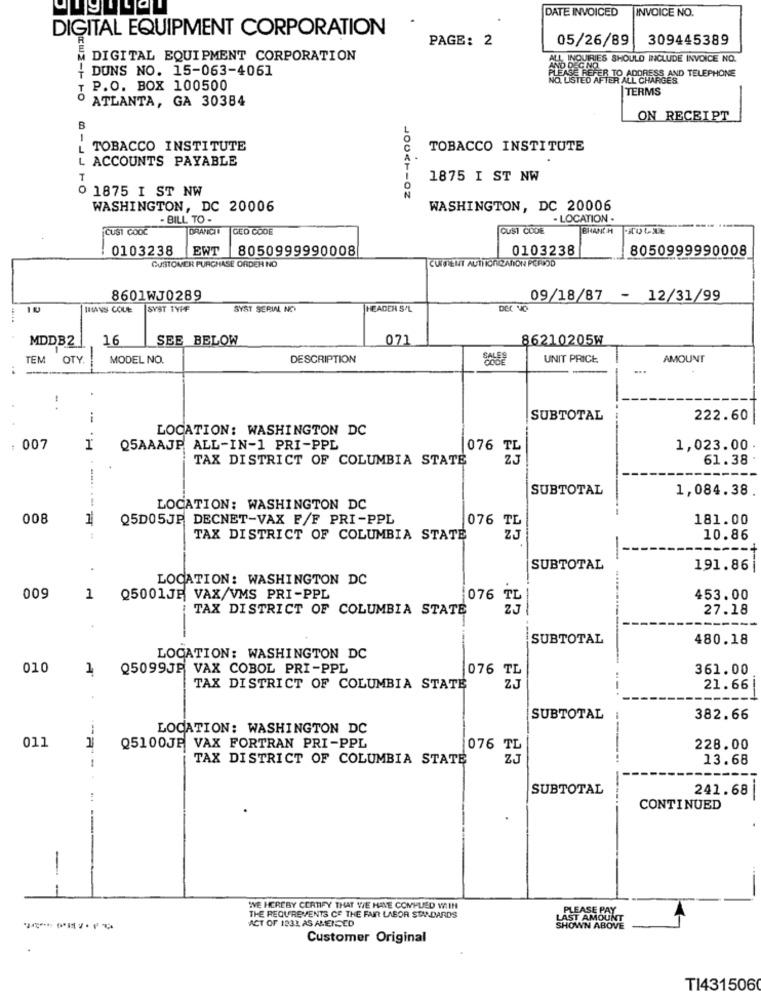
DATE INVOICED
INVOICE NO.
DIGITAL EQUIPMENT CORPORATION
PAGE: 2
05/26/89
309445389
DIGITAL EQUIPMENT CORPORATION
NOUTRIES SHOULD INCLUDE INVOICE NO.
+ DUNS NO. 15-063-4061
PLEASE REFER TO ADDRESS AND TELEPHONE
T P.O. BOX 100500
TERMS
ATLANTA, GA 30384
ON RECEIPT
L TOBACCO INSTITUTE
TOBACCO INSTITUTE
L ACCOUNTS PAYABLE
T
1875 I ST NW
0 1875 I ST NW
WASHINGTON, DC 20006
WASHINGTON, DC 20006
- BILL TO -
- LOCATION -
CUST CODE
DRANICIO
GEO CODE
CUST CODE
BRANCH
0103238
EWT
8050999990008
0103238
8050999990008
CUSTOMER PURCHASE ORDER NO
CURRENT AUTHORIZATION PERIOD
8601WJ0289
09/18/87 - 12/31/99
HANS COLE
SYST 1VPF
SYST SERIAL NO
HEADER S/L
MDDB2
16
SEE BELOW
071
86210205W
TEM OTY
MODEL NO.
DESCRIPTION
UNIT PRICE
AMOUNT
i
SUBTOTAL
222.60
LOCATION: WASHINGTON DC
007
Q5AAAJP ALL-IN-1 PRI-PPL
1,023.00.
TAX DISTRICT OF COLUMBIA STATE
076 TE
61.38
SUBTOTAL
1,084.38
LOCATION: WASHINGTON DC
008
----
Q5D05JP DECNET-VAX F/F PRI-PPL
181.00
076 TL
TAX DISTRICT OF COLUMBIA STATE
10.86
SUBTOTAL
191.86
LOCATION: WASHINGTON DC
009
1
Q5001JF VAX/VMS PRI-PPL
453.00
TAX DISTRICT OF COLUMBIA STATE
1076 TL
27.18
SUBTOTAL
480.18
LOCATION: WASHINGTON DC
010
2
Q5099JP VAX COBOL PRI-PPL
076 TL
361.00
TAX DISTRICT OF COLUMBIA STATE
25
21.66|
SUBTOTAL
382.66
LOCATION: WASHINGTON DC
011
Q5100JF VAX FORTRAN PRI-PPL
228.00
TAX DISTRICT OF COLUMBIA STATE
076 77
13.68
SUBTOTAL
241.68
CONTINUED
-
-
WVE HEREBY CERTIFY THAT WE HAVE COMPUED WIIN
PLEASE PAY
THE REQUIREMENTS CE THE FAIR LABOR STANDARDS
LAST AMOUNT
ACT OF 1232 AS AMENDED
SHOWN ABOVE
Customer Original
TI431506